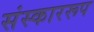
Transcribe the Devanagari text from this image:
संस्काररूप